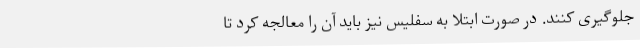
جلوگیری کنند. در صورت ابتلا به سفلیس نیز باید آن را معالجه کرد تا